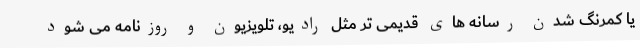
یا کمرنگ شدن رسانه های قدیمی تر مثل رادیو، تلویزیون و روزنامه می شود